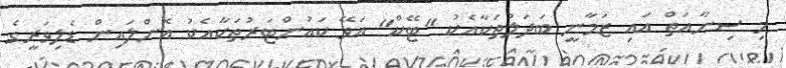
މި ސިނާއަތް އައި ޒަމާނީ ބަދަލުތަކާއެކު "ޓޭކް" އަވޭ ކައުންޓަރުތަކާއެކު އޮންލައިން ޑެލިވަރީގެ